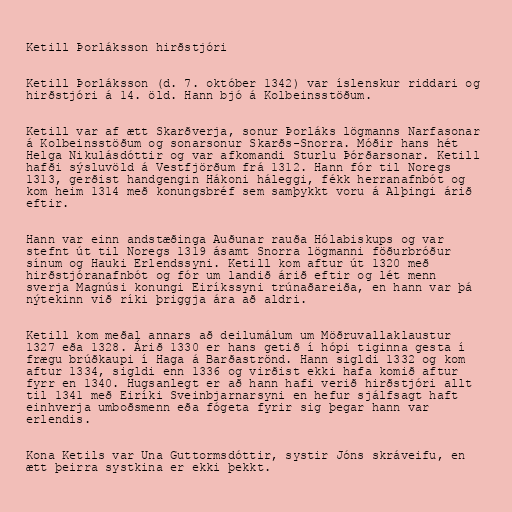
Ketill Þorláksson hirðstjóri

Ketill Þorláksson (d. 7. október 1342) var íslenskur riddari og
hirðstjóri á 14. öld. Hann bjó á Kolbeinsstöðum.

Ketill var af ætt Skarðverja, sonur Þorláks lögmanns Narfasonar
á Kolbeinsstöðum og sonarsonur Skarðs-Snorra. Móðir hans hét
Helga Nikulásdóttir og var afkomandi Sturlu Þórðarsonar. Ketill
hafði sýsluvöld á Vestfjörðum frá 1312. Hann fór til Noregs
1313, gerðist handgengin Hákoni háleggi, fékk herranafnbót og
kom heim 1314 með konungsbréf sem samþykkt voru á Alþingi árið
eftir.

Hann var einn andstæðinga Auðunar rauða Hólabiskups og var
stefnt út til Noregs 1319 ásamt Snorra lögmanni föðurbróður
sínum og Hauki Erlendssyni. Ketill kom aftur út 1320 með
hirðstjóranafnbót og fór um landið árið eftir og lét menn
sverja Magnúsi konungi Eiríkssyni trúnaðareiða, en hann var þá
nýtekinn við ríki þriggja ára að aldri.

Ketill kom meðal annars að deilumálum um Möðruvallaklaustur
1327 eða 1328. Árið 1330 er hans getið í hópi tiginna gesta í
frægu brúðkaupi í Haga á Barðaströnd. Hann sigldi 1332 og kom
aftur 1334, sigldi enn 1336 og virðist ekki hafa komið aftur
fyrr en 1340. Hugsanlegt er að hann hafi verið hirðstjóri allt
til 1341 með Eiríki Sveinbjarnarsyni en hefur sjálfsagt haft
einhverja umboðsmenn eða fógeta fyrir sig þegar hann var
erlendis.

Kona Ketils var Una Guttormsdóttir, systir Jóns skráveifu, en
ætt þeirra systkina er ekki þekkt.